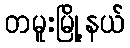
တမူးမြို့နယ်